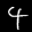
Label: 4